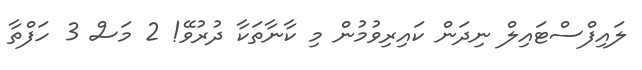
ލައިފްސްޓައިލް ނިދަން ކައިރިވުމުން މި ކާނާތަކާ ދުރުވޭ! 2 މަސް 3 ހަފްތާ